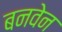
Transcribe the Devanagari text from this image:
बनवेन